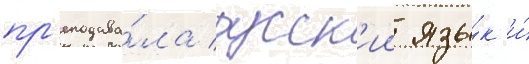
пр'еподава́ла русск'ии язы́к и́